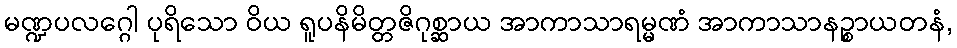
မဏ္ဍပလဂ္ဂေါ ပုရိသော ဝိယ ရူပနိမိတ္တဇိဂုစ္ဆာယ အာကာသာရမ္မဏံ အာကာသာနဉ္စာယတနံ,